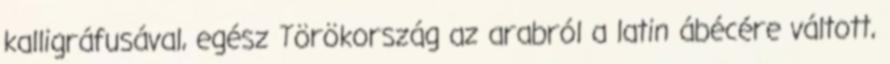
kalligráfusával, egész Törökország az arabról a latin ábécére váltott,